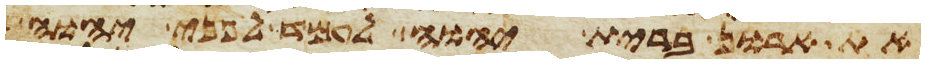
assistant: את ארון ברית יהוה לעמד לפני יהוה